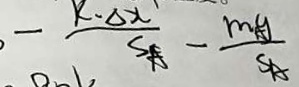
- \frac { k - \Delta x } { S _ { A } } - \frac { m _ { A } g } { S A }